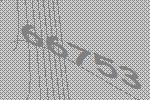
66753